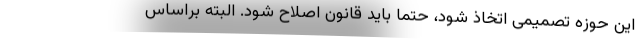
این حوزه تصمیمی اتخاذ شود، حتما باید قانون اصلاح شود. البته براساس